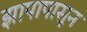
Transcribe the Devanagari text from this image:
झापापासून